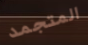
المتجمد